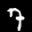
Label: 7